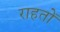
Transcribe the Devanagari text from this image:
राहतों